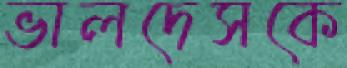
ভালদেসকে